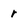
Character: r